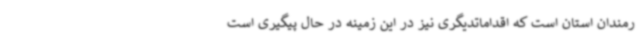
رمندان استان است که اقداماتدیگری نیز در این زمینه در حال پیگیری است